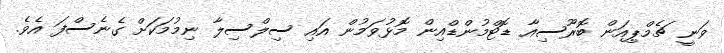
ވަނީ ޗެމްޕިއަން ބޮރޫސިއާ ޑޮޓްމުންޑްއިން މޮޅުވަމުން އައި ސިލްސިލާ ނިމުމަކަށް ގެނެސްފަ އެވެ.